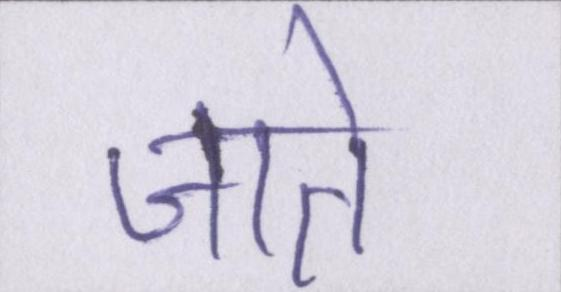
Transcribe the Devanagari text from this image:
जाते